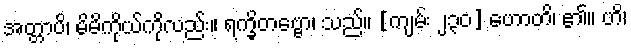
အတ္တာပိ၊ မိမိကိုယ်ကိုလည်း။ ရက္ခိတဗ္ဗော၊ သည်။ [ကျမ်း ၂၃၀] ဟောတိ၊ ၏။ ဟိ၊